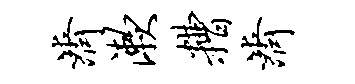
济漱糟济